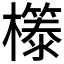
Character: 𭬤